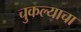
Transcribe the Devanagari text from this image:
चुकल्याचा